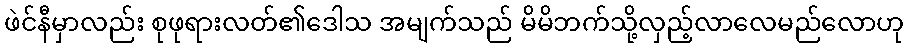
ဖဲင်နီမှာလည်း စုဖုရားလတ်၏ဒေါသ အမျက်သည် မိမိဘက်သို့လှည့်လာလေမည်လောဟု